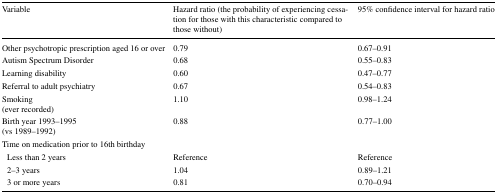
<table><thead><tr><td><b>Variable</b></td><td><b>Hazard ratio (the probability of experiencing cessation for those with this characteristic compared to those without)</b></td><td><b>95% confidence interval for hazard ratio</b></td></tr></thead><tbody><tr><td>Other psychotropic prescription aged 16 or over</td><td>0.79</td><td>0.67–0.91</td></tr><tr><td>Autism Spectrum Disorder</td><td>0.68</td><td>0.55–0.83</td></tr><tr><td>Learning disability</td><td>0.60</td><td>0.47–0.77</td></tr><tr><td>Referral to adult psychiatry</td><td>0.67</td><td>0.54–0.83</td></tr><tr><td>Smoking(ever recorded)</td><td>1.10</td><td>0.98–1.24</td></tr><tr><td>Birth year 1993–1995(vs 1989–1992)</td><td>0.88</td><td>0.77–1.00</td></tr><tr><td colspan="3">Time on medication prior to 16th birthday</td></tr><tr><td> Less than 2 years</td><td>Reference</td><td>Reference</td></tr><tr><td> 2–3 years</td><td>1.04</td><td>0.89–1.21</td></tr><tr><td> 3 or more years</td><td>0.81</td><td>0.70–0.94</td></tr></tbody></table>